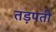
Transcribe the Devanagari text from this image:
तड़पती